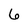
Character: 6